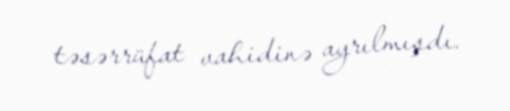
təsərrüfat vahidinə ayrılmışdı.